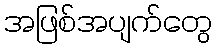
အဖြစ်အပျက်တွေ